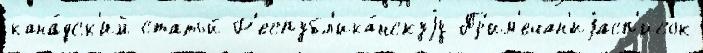
кана́дск'ий статьи́ Р'еспубл'ика́нскуjу Пр'им'ечан'иjасп'исок